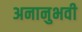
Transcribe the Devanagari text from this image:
अनानुभवी